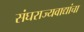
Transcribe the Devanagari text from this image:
संघराज्यवाद्यांचा